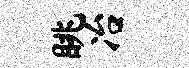
眺冶